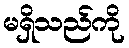
မရှိသည်ကို